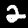
Label: 2